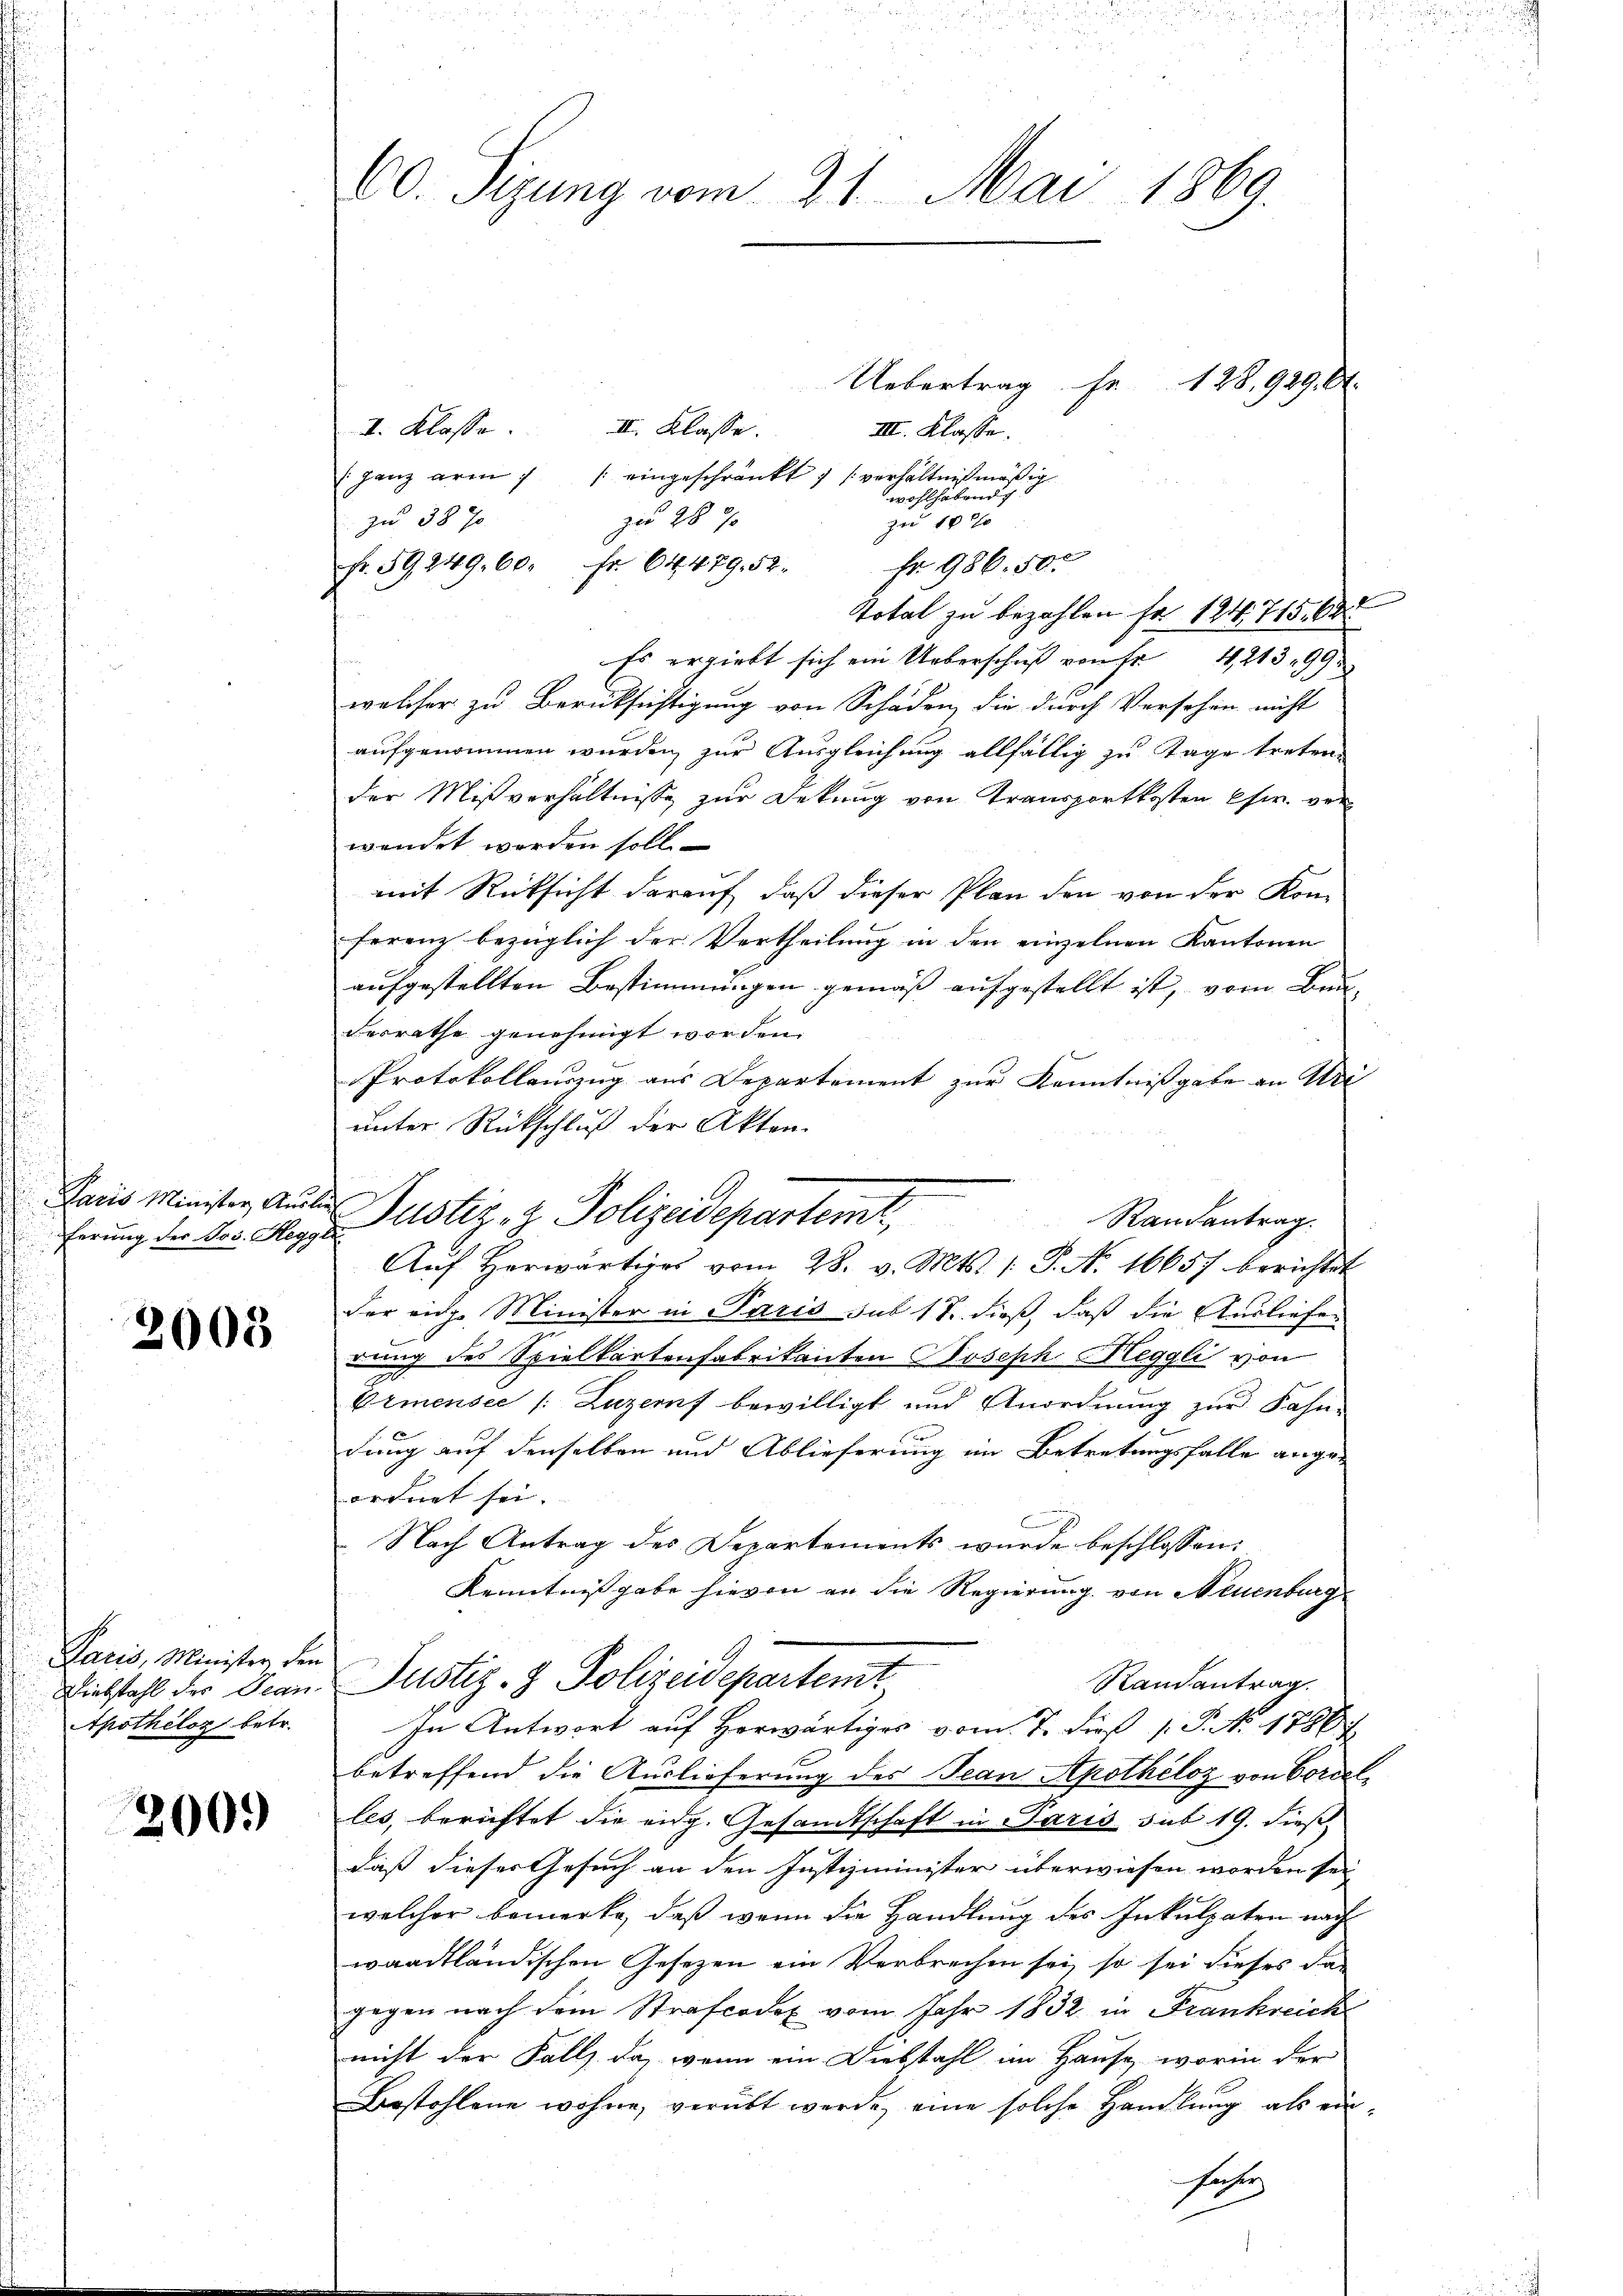
ferung des Jos. Heggli

2008

Paris, Minister den
Apothéloz betr.

200.)

60. Sizung vom 21. Mai 1869.

Haus Minister Antis Justiz & Polizeidepartemt,

Uebertrag Fr. 128,929. 6
II. Klasse.
I. Klasse.
III. Klasse.
 ganz arm 7 / eingeschränkt 7 (verhältnißmäßig
wohlhabends
zu 28
zu 100
zu 38 J.
Fr. 986. 50.
Fr. 59249. 60. Fr. 64. 479. 52.
Total zu bezahlen so 124. 715. 60
Es ergiebt sich ein Ueberschuß von Fr. 4, 21399
welcher zu Berüksichtigung von Schaden, die durch Versehen nicht
aufgenommen wurden, zur Ausgleichung allfällig zu Tage treten.
der Mißverhältnisse zur Dekung von Transportkosten Chr. von
wendet werden soll.
mit Rücksicht darauf, daß dieser Plan den von der Kon-
ferenz bezüglich der Vertheilung in den einzelnen Kantonen
aufgestellten Bestimmungen gemäß aufgestellt ist, vom Bun-
derrathe genehmigt worden.
Protokollauszug aus Departement zur Kenntnißgabe an Wei
unter Rückschluß der Akten.
Aŭf herwärtiges vom 28. v. Mts. 1. P. Nr. 16657 berichtet
der eige Minister in Paris sub 17. dieß, daß die Ausliefe
rung des Spielkartenfabrikanten Joseph Heggli von
Ormensee /: Luzern bewilligt und Anordnung zur Fahn-
dung auf denselben und Ablieferung im Betretungsfalle angen
ordnet sei.
Nach Antrag des Departements wurde beschlossen:
Kenntnissgabe hievon an die Regierung von Neuenburg
Randantrag.
Liebstahl der Jean Justiz- & Polizeidepartemt
In Antwort auf herwärtiges vom 7. dieß P. No. 1786
betreffend die Auslieferung des Jean Apotheloz von Correlles, berichtet die eng. Gesandtschaft in Paris sub 19. dieß
daß dieser Gesuch an den Justizminister überwiesen worden sei
welcher bemerke, daß wenn die Handlung des Inkulpaten nach
waadtländischen Gesetzen ein Verbrechen sei, so sei dieses dagegen nach dem Strafcodex vom Jahr 1832 in Frankreich
nicht der Falls da, wenn ein Diebstahl im Hause, worin der
Bestohlene wohne, verübt werde, eine solche Handlung als ein¬
Frsy

Randantrag.